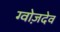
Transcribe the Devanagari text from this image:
ग्वोज़देव